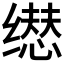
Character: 𬙃